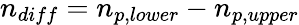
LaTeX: n_{diff}=n_{p,lower}-n_{p,upper}